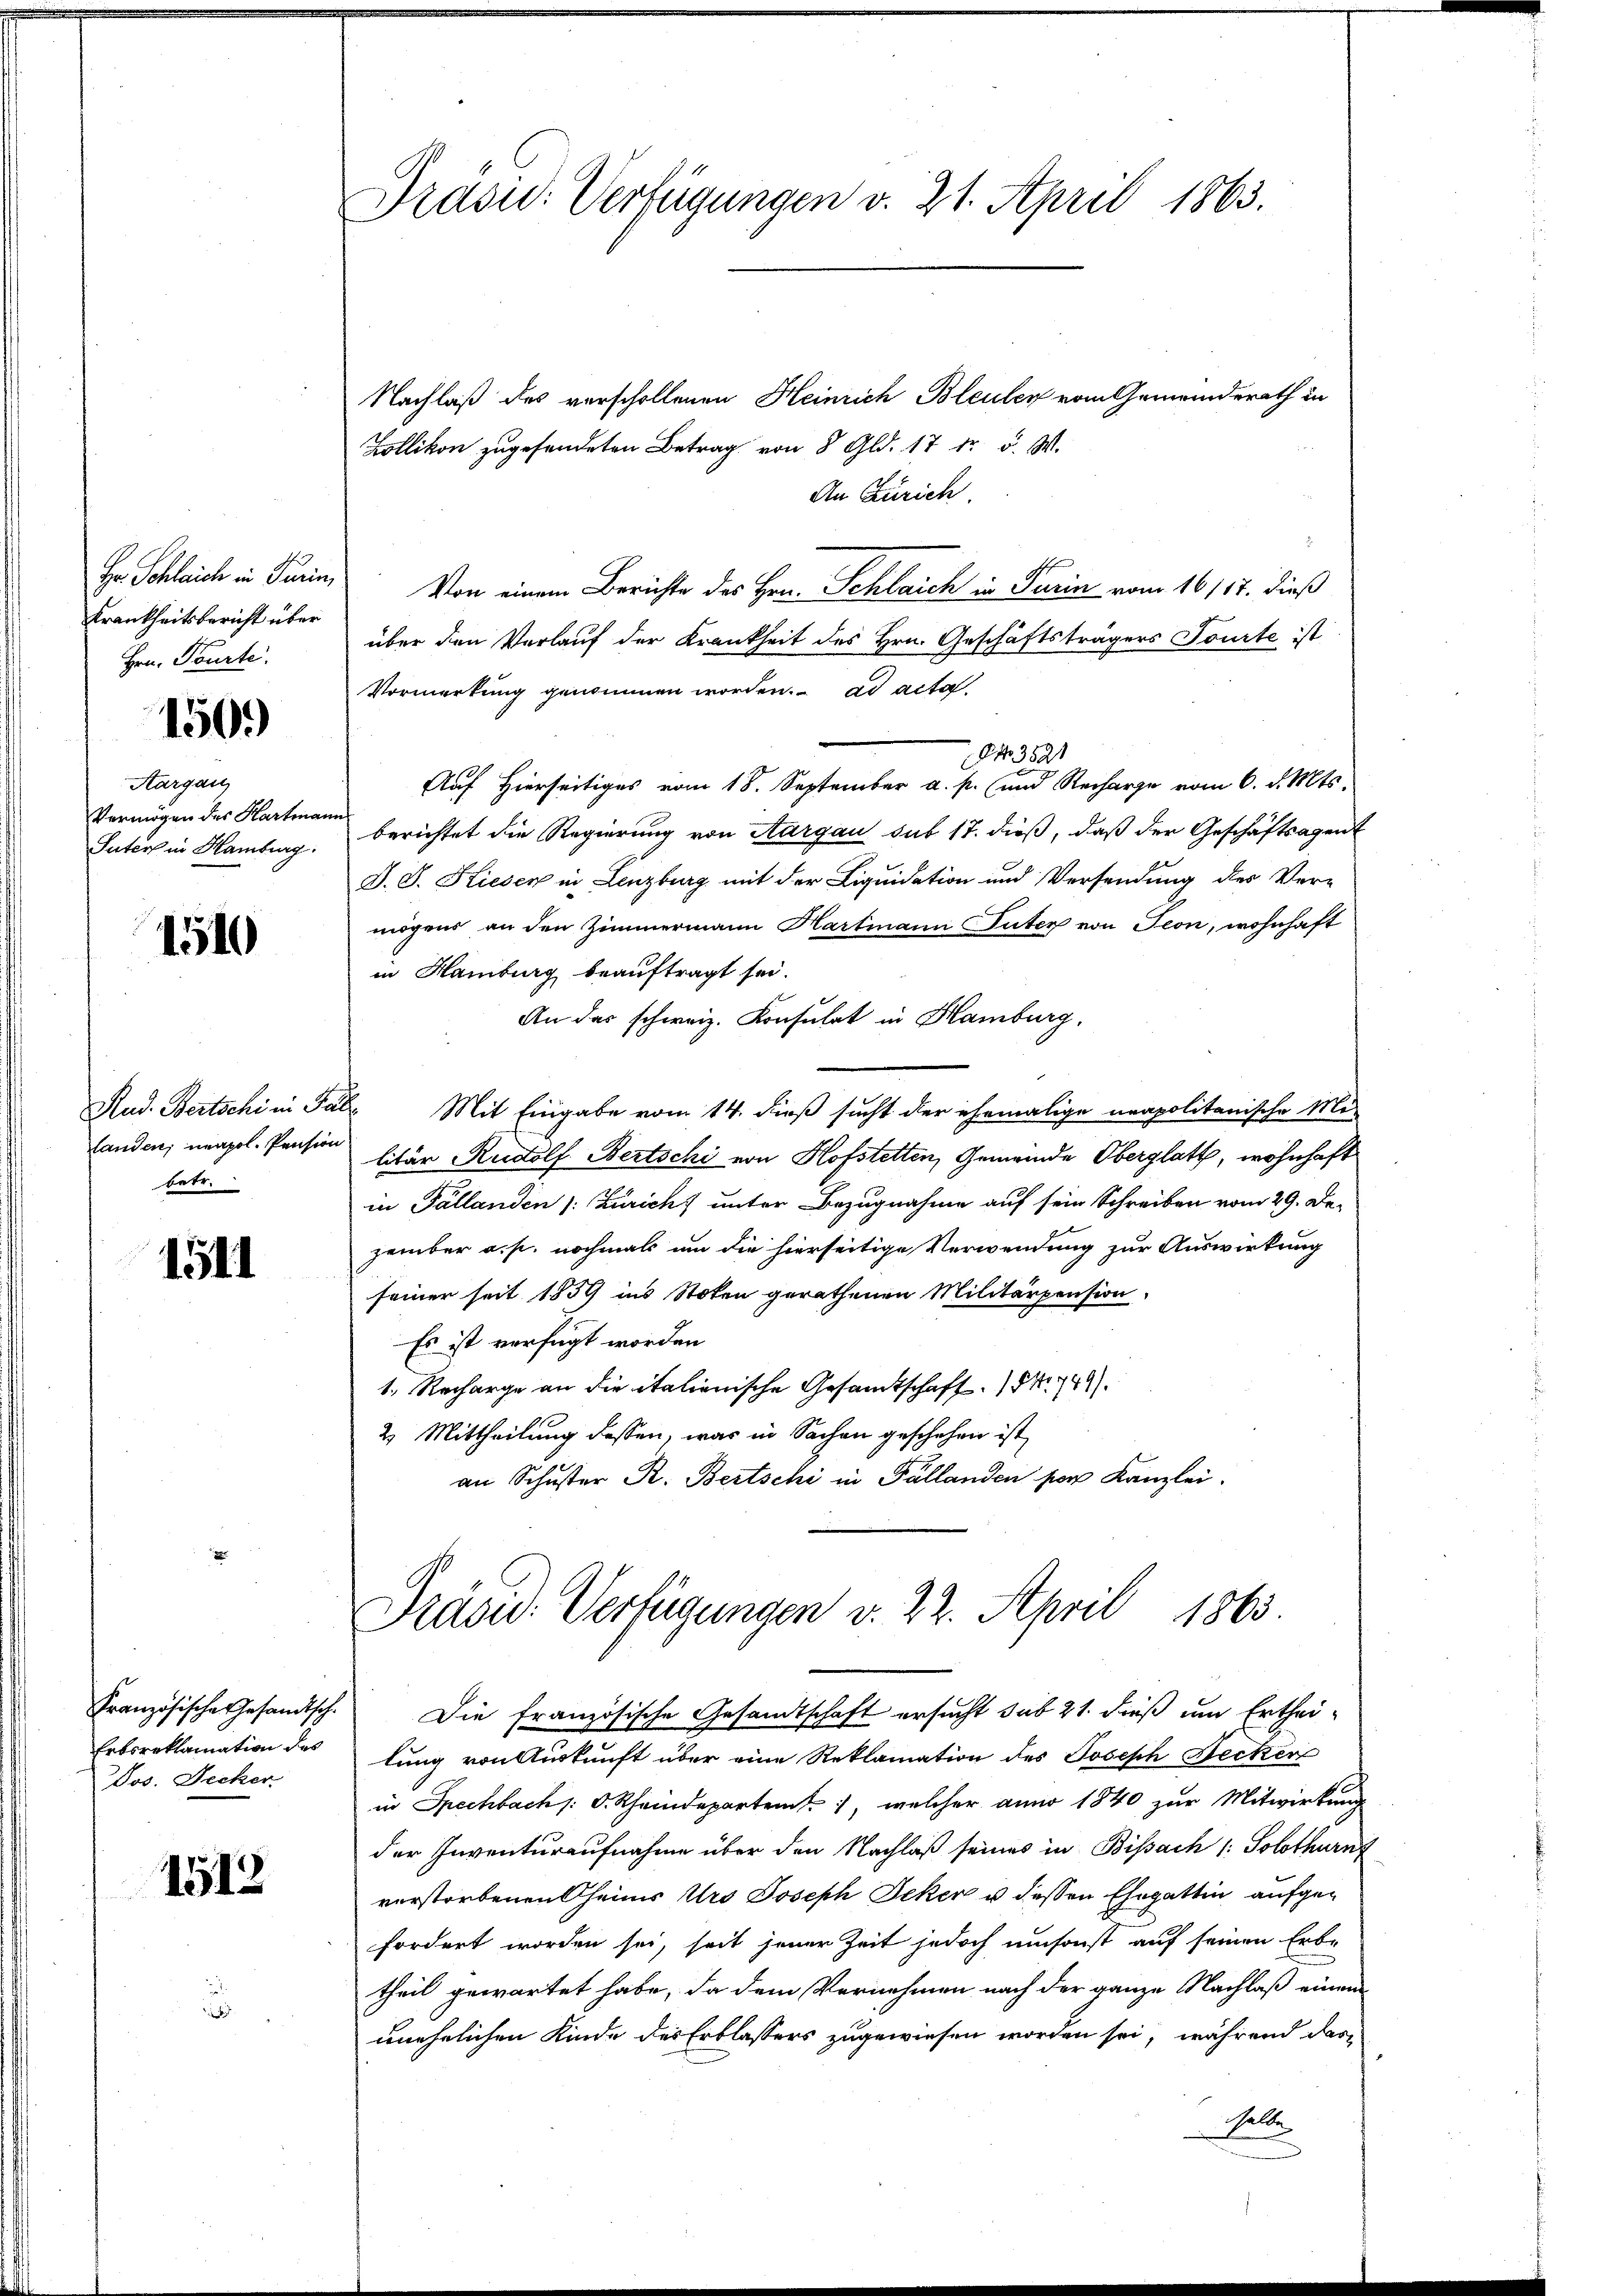
Hr. Schleich in Parin,
Krankheitsbericht über
Hrn. Tourte

1500

Aargau
Vermögen des Hartina
Suters in Hamburg.

1510

betr.

1511

Französische Gesandtsch.
Erbsreklamation des
Dos. Becker

1512

Präsid. Verfügungen v. 21. April 1863.

Nachlaß des verschollenen Heinrich Bleulen vom Gemeinderath in
Zollikon zugesendeten Betrag von 8 Gld. 17 Fr. 5. W.
An Zürich.
Von einem Berichte des Hrn. Schlaich in Parin vom 16 117. dieß
über den Verlauf der Krankheit des Hrn. Geschäftsträgers Fourte ist
Vormerkung genommen worden. ad acta
A 3521
Auf Hierseitiges vom 18. September a. p. und Recharge vom 6. d. Mts.
wief
berichtet die Regierung von Aargau sub 17. dieß, daß der Geschäftsagent
D. J. Kieser in Lenzburg mit der Liquidation und Versendung des Ver-
mögens an den Zimmermann Hartmann Suter von Seon, wohnhaft
in Hamburg beauftragt sei.
An der schweiz. Konsulat in Hamburg.
Rud. Bertschi in Falz Mit Eingabe vom 14. dieß sucht der ehemalige neapolitanische Mi-
landen; neapol. Pension litur Rudolf Bertschi von Hofstetten, Gemeinde Oberglatt, wohnhaft
in Fällanden (: Zürich) unter Bezugnahme auf sein Schreiben vom 29. De-
zember a. p. nochmals um die hierseitige Verwendung zur Auswirkung
seiner seit 1859 ins Stoken gerathenen Militärpension
Es ist verfügt worden.
1. Recharge an die italienische Gesandtschaft Nr. 749).
2. Mittheilung dessen, was in Sachen geschehen ist,
an Schuster R. Bertschi in Pallanden per Kanzlei.

Präsid. Verfügungen v. 22. April 1863.

Die französische Gesandtschaft ersucht sub 21. dieß um Ertheilung von Auskunft über eine Reklamation des Joseph Hecker
in Spechbach /: d. Rheindepartem, welcher anno 1840 zur Mitwirkung
der Inventuraufnahme über den Nachlaß seines in Bissach (: Solothurn
verstorbenen heims Urs Joseph Jeker u dessen Ehegattin aufgefordert worden sei, seit jener Zeit jedoch umsonst auf seinen Erbe
theil gewartet habe, da dem Vernehmen nach der ganze Nachlaß einem
unehelichen Kinde des Erblassers zugewiesen worden sei, während das
Halle